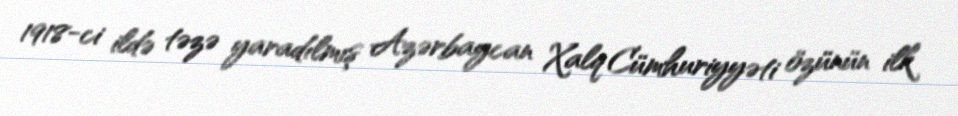
1918-ci ildə təzə yaradılmış Azərbaycan Xalq Cümhuriyyəti özünün ilk